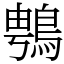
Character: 䳙